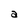
Character: a